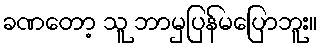
ခဏတော့ သူ ဘာမှပြန်မပြောဘူး။